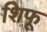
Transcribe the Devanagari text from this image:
शिफू